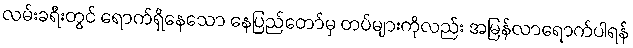
လမ်းခရီးတွင် ရောက်ရှိနေသော နေပြည်တော်မှ တပ်များကိုလည်း အမြန်လာရောက်ပါရန်